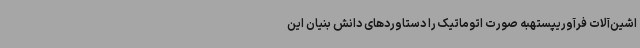
اشین‌آلات فرآوریپستهبه صورت اتوماتیک را دستاوردهای دانش بنیان این